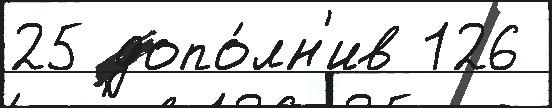
25 допо́лн'ив 126